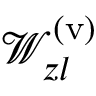
\mathcal { W } _ { z l } ^ { \mathrm { ( v ) } }